Insane asylums Bombay 1873-77 - 1873-1877
Year: 1873
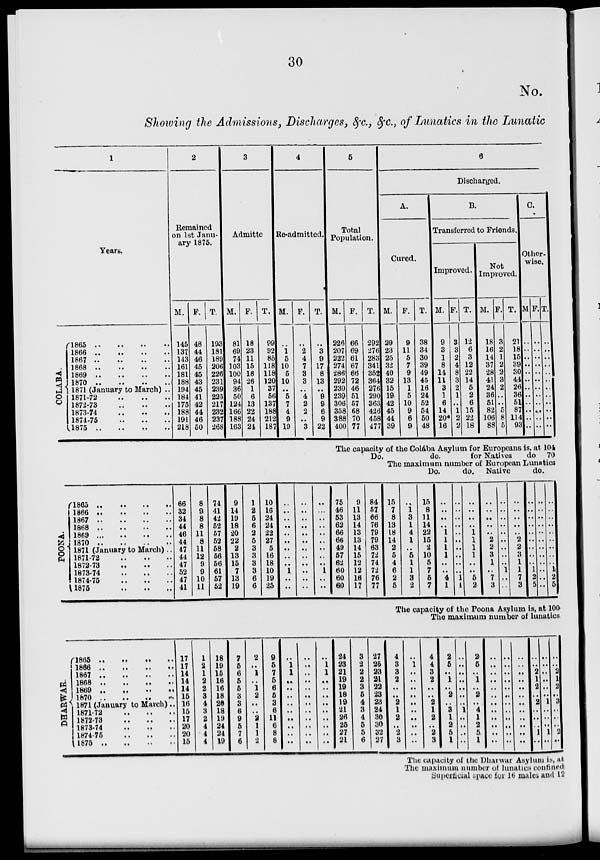
30
No.
Showing the Admissions, Discharges, &c., &c., of Lunatics in the Lunatic
1
Years.
COLABA.
1865 .. .. .. ..
1866
..
..
..
..
1867
..
..
..
..
1868
..
..
..
..
1869
..
..
..
..
1870 .. .. .. ..
1871 (January to March) ..
1871-72
..
..
..
1872-73
..
..
..
1873-74
..
..
..
1874-75
..
..
..
1875
..
..
..
..
2
Remained
on 1st Janu-
ary 1875.
M.
145
137
143
161
181
188
194
184
175
188
191
218
F.
48
44
46
45
45
43
45
41
42
44
46
50
T.
193
181
189
206
226
231
239
225
217
232
237
268
3
Admitte
M.
81
69
74
103
100
94
36
50
124
166
188
163
F.
18
23
11
15
18
26
1
6
13
22
24
24
T.
99
92
85
118
118
120
37
56
137
188
212
187
4
Re-admitted.
M.
..
1
5
10
5
10
..
5
7
4
9
19
F.
..
2
4
7
3
3
..
4
2
2
..
3
T.
..
3
9
17
8
13
..
9
9
6
9
22
5
Total
Population.
M.
226
207
222
274
286
292
230
239
306
358
388
400
F.
66
69
61
67
66
72
46
51
57
68
70
77
T.
292
276
283
341
352
364
276
290
363
426
458
477
6
Discharged.
A.
Cured.
M.
29
23
25
32
40
32
15
19
42
45
44
39
F.
9
11
5
7
9
13
1
5
10
9
6
9
T.
38
34
30
39
49
45
16
24
52
54
50
48
B.
Transferred to Friends.
Improved.
M.
9
3
1
8
14
11
3
1
6
14
20*
16
F.
3
3
2
4
8
3
2
1
..
1
2
2
T.
12
6
3
12
22
14
5
2
6
15
22
18
Not
Improved.
M.
18
16
14
37
28
41
24
36
51
82
106
88
F.
3
2
1
2
2
3
2
..
..
5
8
5
T.
21
18
15
39
30
44
26
36
51
87
114
93
C.
Other-
wise.
M
..
..
..
..
..
..
..
..
..
..
..
..
F.
..
..
..
..
..
..
..
..
..
..
..
..
T.
..
..
..
..
..
..
..
..
..
..
..
..
The capacity of the Colába Asylum for Europeans is, at 104
Do.
do.
for Natives
do 70
The maximum number of European Lunatics
Do.
do. Native
do.
POONA.
1865
..
..
..
..
1866
..
..
..
..
1867
..
..
..
..
1868
..
..
..
..
1869
..
..
..
..
1870
..
..
..
..
1871 (January to March). .
1871-72
..
..
..
..
1872-73
..
..
..
..
1873-74
..
..
..
..
1874-75
..
..
..
..
1875
..
..
..
..
66
32
34
44
46
44
47
44
47
52
47
41
8
9
8
8
11
8
11
12
9
9
10
11
74
41
42
52
57
52
58
56
56
61
57
52
9
14
19
18
20
22
2
13
15
7
13
19
1
2
5
6
2
5
3
3
3
3
6
6
10
16
24
24
22
27
5
16
18
10
19
25
..
..
..
..
..
..
..
..
..
1
..
..
..
..
..
..
..
..
..
..
..
..
..
..
..
..
..
..
..
..
..
..
..
1
..
..
75
46
53
62
66
66
49
57
62
60
60
60
9
11
13
14
13
13
14
15
12
12
16
17
84
57
66
76
79
79
63
72
74
72
76
77
15
7
8
13
18
14
2
5
4
6
2
5
..
1
3
1
4
1
..
5
1
1
3
2
15
8
11
14
22
15
2
10
5
7
5
7
..
..
..
..
1
1
1
1
..
..
4
1
..
..
..
..
..
..
..
..
..
..
1
L
..
..
..
..
1
1
1
1
..
..
5
2
..
..
..
..
..
2
2
3
1
..
7
3
..
..
..
..
..
..
..
..
..
1
..
..
..
..
..
..
..
2
2
3
1
1
7
3
..
..
..
..
..
..
..
..
..
1
2
5
..
..
..
..
..
..
..
..
..
..
..
..
..
..
..
..
..
..
..
..
..
1
2
5
The capacity of the Poona Asylum is, at 100
The maximum number of lunatics.
DHARWAR.
1865
..
..
..
..
1866
..
..
..
..
1867 .. .. .. ..
1868 .. .. .. ..
1869
..
..
..
..
1870 .. .. .. ..
1871 (January to March)..
1871-72
..
..
..
1872-73
..
..
..
1873-74
..
..
..
1874-75
..
..
..
1875
..
..
..
17
17
14
14
14
15
16
15
17
20
20
15
1
2
1
2
2
3
4
3
2
4
4
4
18
19
15
16
16
18
20
18
19
24
24
19
7
5
6
5
5
3
3
6
9
5
7
6
2
..
1
..
1 2
..
..
2
1
1
2
9
5
7
5
6
5
3
6
11
6 8
8
..
1
1
..
..
..
..
..
..
..
..
..
..
..
..
..
..
..
..
..
..
..
..
..
..
1
1
..
..
..
..
..
..
..
..
..
24
23
21
19
19
18
19
21
26
25
27
21
3
2
2
2
3
5
4
3
4
5
5
6
27
25
23
21
22
23
23
24
30
30
32
27
4
3
3
2
..
..
2
1
2
..
2
3
..
1
..
..
..
..
..
..
..
..
..
..
4
4
3
2
..
..
2
1
2
..
2
3
2
5
..
1
..
2
..
3
1
2
5
1
..
..
..
..
..
..
..
1
..
..
..
..
2
5
..
1
..
2
..
4
1
2
5
1
..
..
..
..
..
..
..
..
..
..
..
..
..
..
..
..
..
..
..
..
..
..
..
..
..
..
..
..
..
..
..
..
..
..
..
..
..
..
2
1
2
..
2
..
..
..
1
..
..
..
..
..
..
..
1
..
..
..
1
..
..
..
2
1
2
..
3
..
..
..
2
..
The capacity of the Dharwar Asylum is, at
The maximum number of lunatics confined
Superficial space for 16 males and 12